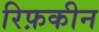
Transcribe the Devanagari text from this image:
रिफ़कीन